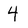
Character: 4